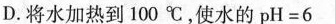
D.将水加热到100℃，使水的pH=6